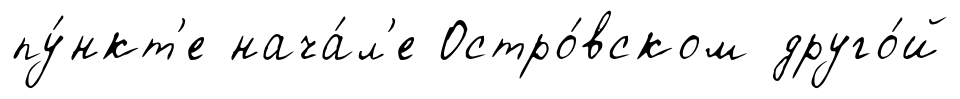
пу́нкт'е нача́л'е Остро́вском друго́й